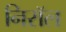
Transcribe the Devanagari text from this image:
निरॉल